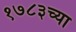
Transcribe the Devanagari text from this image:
१७८३च्या